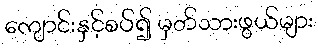
ကျောင်းနှင့်စပ်၍ မှတ်သားဖွယ်များ